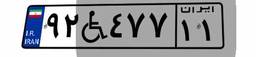
۳۶W۲۴۸۲۹